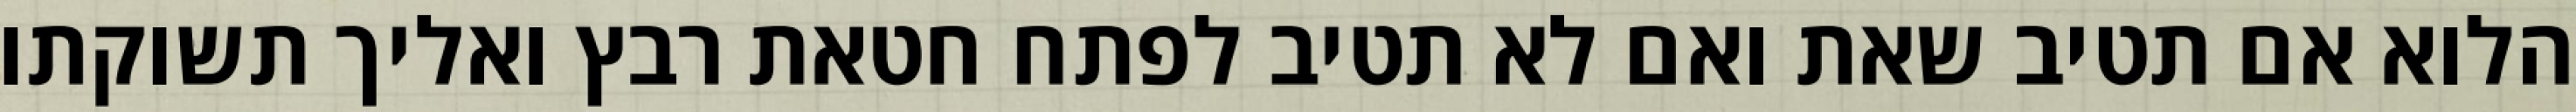
הלוא אם תטיב שאת ואם לא תטיב לפתח חטאת רבץ ואליך תשוקתו